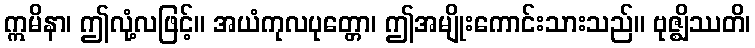
ဣမိနာ၊ ဤလုံ့လဖြင့်။ အယံကုလပုတ္တော၊ ဤအမျိုးကောင်းသားသည်။ ဗုဇ္ဈိဿတိ၊